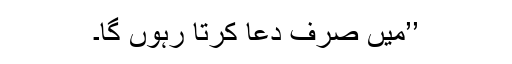
’’میں صرف دعا کرتا رہوں گا۔